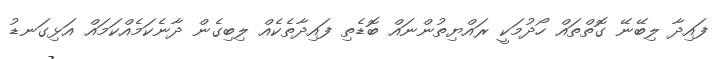
ފައިދާ ލިބޭނޭ ގޮތްތައް ހޯދުމަކީ ރައްޔިތުންނައް ބޮޑެތި ފައިދާތެކެއް ލިބިގެން ދާނެކަމެއްކަމައް އަޅިގަނޑު